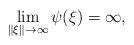
LaTeX: \begin{align*}\lim_{\|\xi\|\to\infty}\psi(\xi)=\infty,\end{align*}